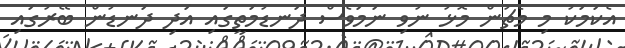
އެކަމަކު މި މެޗުން މޮޅު ނުވި ނަމަވެސް ދަނޑުމަތީގައި އަދި ދަނޑުން ބޭރުގައި